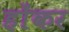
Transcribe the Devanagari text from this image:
होंकर